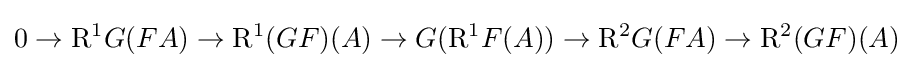
0\to {\rm {R}}^{1}G(FA)\to {\rm {R}}^{1}(GF)(A)\to G({\rm {R}}^{1}F(A))\to {\rm {R}}^{2}G(FA)\to {\rm {R}}^{2}(GF)(A)